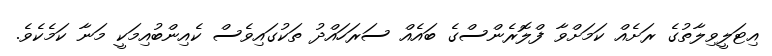
އިޓަލީވިލާތުގެ ރަށެއް ކަމަށްވާ ފްލޮރެންސްގެ ބައެއް ސަރަހައްދު ތަކުގައިވެސް ކެއިންބުއިމަކީ މަނާ ކަމެކެވެ.